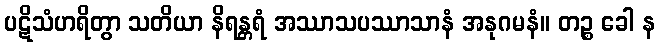
ပဋိသံဟရိတွာ သတိယာ နိရန္တရံ အဿာသပဿာသာနံ အနုဂမနံ။ တဉ္စ ခေါ န